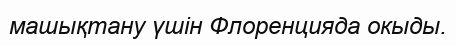
машықтану үшін Флоренцияда окыды.